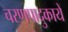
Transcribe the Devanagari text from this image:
चरणपादुकायें